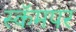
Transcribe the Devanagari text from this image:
स्कॅमपर